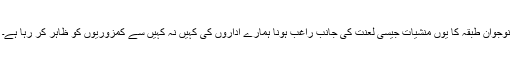
نوجوان طبقہ کا یوں منشیات جیسی لعنت کی جانب راغب ہونا ہمارے اداروں کی کہیں نہ کہیں سے کمزوریوں کو ظاہر کر رہا ہے۔